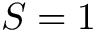
S = 1